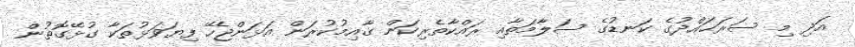
އަދި މި ސަރަޙައްދުގެ ކަނޑުގެ ސަލާމަތާއި ރައްކާތެރިކަން ގާއިމުކުރަން އަޅަންޖެހޭ ފިޔަވަޅުތަކާ ގުޅޭގޮތުން